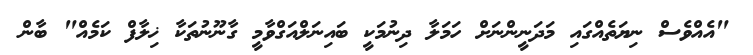
"އެއްވެސް ނިޔަތެއްގައި މަދަނީންނަށް ހަމަލާ ދިނުމަކީ ބައިނަލްއަގްވާމީ ގާނޫނުތަކާ ޚިލާފް ކަމެއް" ބާން